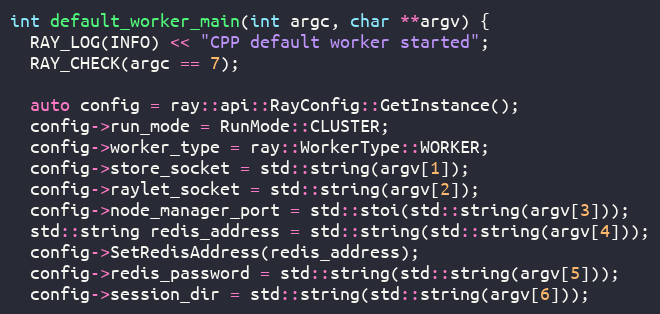
Language: C++
int default_worker_main(int argc, char **argv) {
  RAY_LOG(INFO) << "CPP default worker started";
  RAY_CHECK(argc == 7);

  auto config = ray::api::RayConfig::GetInstance();
  config->run_mode = RunMode::CLUSTER;
  config->worker_type = ray::WorkerType::WORKER;
  config->store_socket = std::string(argv[1]);
  config->raylet_socket = std::string(argv[2]);
  config->node_manager_port = std::stoi(std::string(argv[3]));
  std::string redis_address = std::string(std::string(argv[4]));
  config->SetRedisAddress(redis_address);
  config->redis_password = std::string(std::string(argv[5]));
  config->session_dir = std::string(std::string(argv[6]));